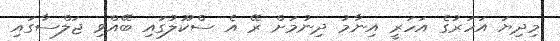
މިދިޔަ އަހަރުގެ އަހަރީ އިނާމު ދިނުމަށް ރޭ އެ ސްކޫލުގައި ބޭއްވި ޖަލްސާގައި